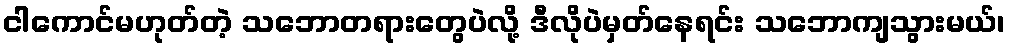
ငါကောင်မဟုတ်တဲ့ သဘောတရားတွေပဲလို့ ဒီလိုပဲမှတ်နေရင်း သဘောကျသွားမယ်၊